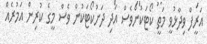
އަރީފް ވިދާޅުވީ މަތީ ކޯޓަކުންވެސް އަދި ދަށުކޯޓަކުން ވެސް މީގެ ކުރިން އަމުރެއް